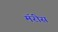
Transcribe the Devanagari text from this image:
मॅरीस